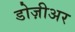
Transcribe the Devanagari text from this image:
डोज़ीअर